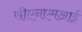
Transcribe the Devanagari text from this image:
सीएनएमआई